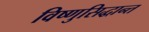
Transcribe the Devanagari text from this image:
विष्णुसिद्धान्त